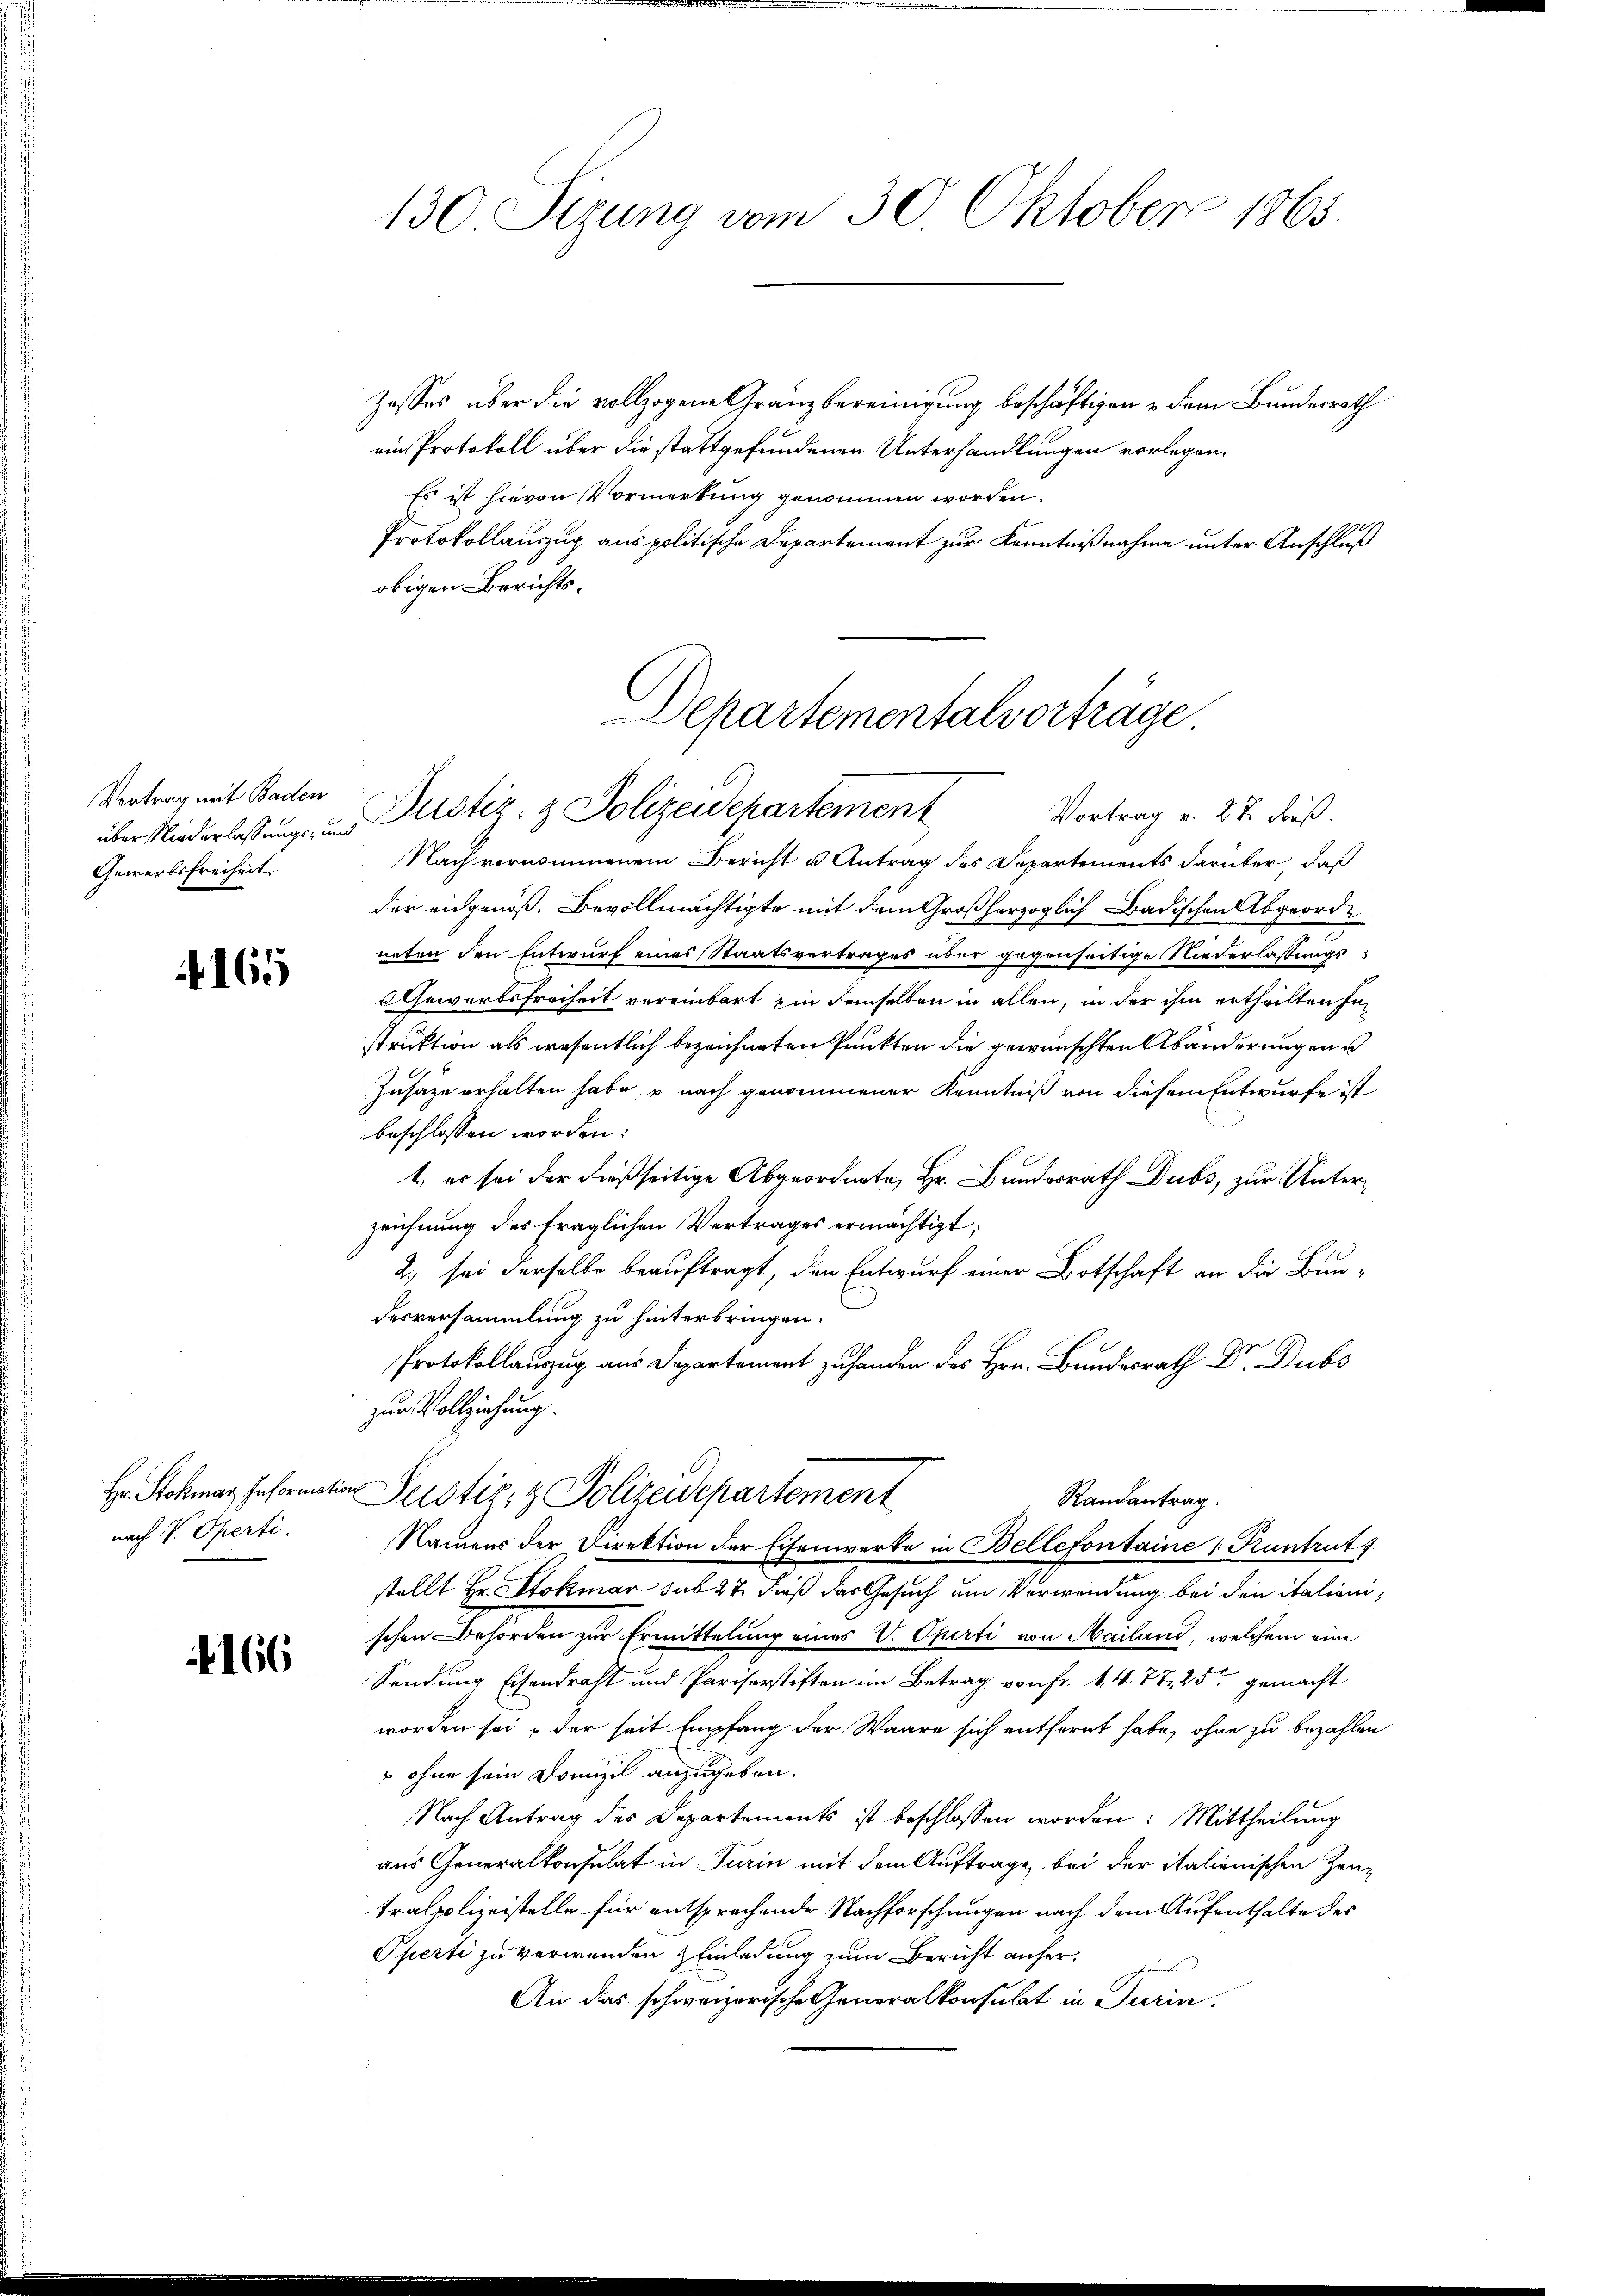
Vertrag mit Baden
Gewerbsfreiheit.

165

nach V. Operti.

166

Zesses über die vollzogene Granz bereinigung beschäftigen u dem Bundesrath
ein Protokoll über die stattgefundenen Unterhandlungen vorlegen.
Es ist hievon Vormerkung genommen worden.
Protokollauszug aus politische Departement zur Kenntnißnahme unter Anschluß
obigen Berichtsüber Niederlaßung, und Mustiz- & Polizeidepartement
Nach vernommenem Bericht u Antrag des Departements darüber, daß
der engenoß. Bevollmächtigte mit dem Großherzoglich Badischen Abgeordneten den Entwurf eines Staatsvertrages über gegenseitige Niederlassungs¬
Gewerbsfreiheit vereinbart ein demselben in allen, in der ihm ertheilten Fastruktion als wesentlich bezeichneten Punkten die gewünschten Abänderungen
Zusage erhalten habe, u nach genommener Kenntniß von diesem Entwurfe ist
beschlossen worden:
1. es sei der dießseitige Abgeordnete, Hr. Bundesrath Dubs, zur Unterzeichnung des fraglichen Vertrages ermächtigt;
2. sei derselbe beauftragt, den Entwurf einer Botschaft an die Bundesversammlung zu hinterbringen.
.
zur Vollziehung.
Hr. Stokmar Information Serotiz & Polizeidepartement
Randantrag.
Namens der Direktion der Eisenwerke in Bellefontaine 1 Runtruts
stellt Hr. Stokinar sub 27. dieß das Gesuch um Verwendung bei den italienischen Behörden zur Ermittelung eines V. Operti von Mailand, welchem eine
Sendung Eisendraht und Pariserstiften im Betrag von Fr. 1. 477. 25 gemacht
worden sei & der seit Empfang der Waare sich entfernt habe, ohne zu bezahlen
 ohne sein Domizil anzugeben.
Nach Antrag des Departements ist beschlossen worden: Mittheilung
aus Generalkonsulat in Turin mit dem Auftrage, bei der italienischen Zeutralpolizeistelle für entsprachende Nachforschungen nach dem Aufenthalte des
Operti zu verwenden Einladung zum Bericht anher¬
An das schweizerische Generalkonsulat in Turin

130 Sizung vom 30. Oktober 1865.

Departementalvorträge
Vortrag v. 27. dieß.